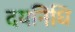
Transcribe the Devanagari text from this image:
दयनिधि